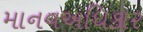
માનવઅધિકાર